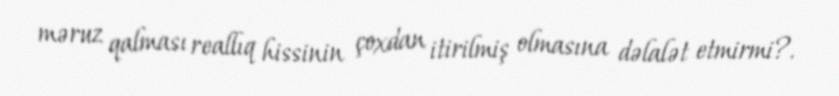
məruz qalması reallıq hissinin çoxdan itirilmiş olmasına dəlalət etmirmi?.